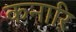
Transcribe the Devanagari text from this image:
कनारि